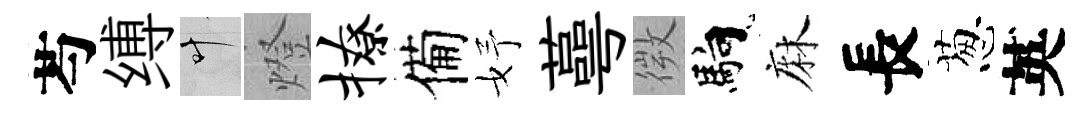
芍缚叶燈撩備妤蕚微馿麻長葱英